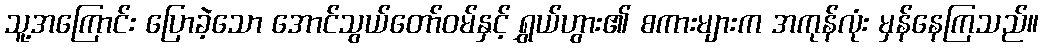
သူ့အကြောင်း ပြောခဲ့သော အောင်သွယ်တော်ဝမ်နှင့် ရွှယ်ဟွား၏ စကားများက အကုန်လုံး မှန်နေကြသည်။